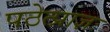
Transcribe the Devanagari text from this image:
पठेत्प्राज्ञः